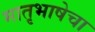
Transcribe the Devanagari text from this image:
मातृभाषेचा